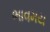
ભાવમય